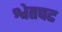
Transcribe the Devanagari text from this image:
श्वेतपट